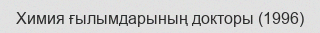
Химия ғылымдарының докторы (1996)